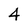
Character: 4